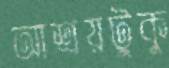
আশ্রয়টুকু